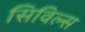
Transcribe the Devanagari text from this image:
सिविल्स